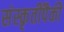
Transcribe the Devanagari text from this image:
संस्कृतींपैकी